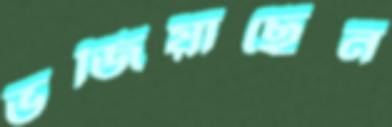
ভজিয়াছেন